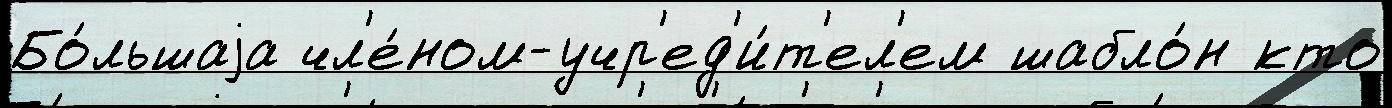
Бо́льшаjа чл'е́ном-учр'ед'и́т'ел'ем шабло́н кто